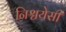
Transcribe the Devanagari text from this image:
निश्चयेसी